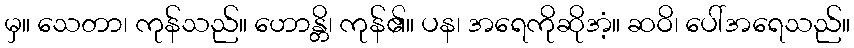
မှ။ သေတာ၊ ကုန်သည်။ ဟောန္တိ၊ ကုန်၏။ ပန၊ အရေကိုဆိုအံ့။ ဆဝိ၊ ပေါ်အရေသည်။